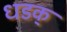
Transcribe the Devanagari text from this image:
धडक्